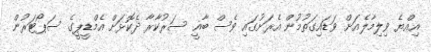
އިއްޔެ ވިލިމާލެއަށް ވަޑައިގަތުމުން އެރަށުގައި ވެސް ބާޣީ ސަރުކާރާ ދެކޮޅަށް އެމްޑީޕީގެ ސަޕޯޓަރުން